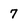
Character: 7